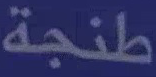
طنجة